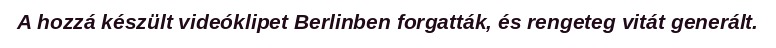
A hozzá készült videóklipet Berlinben forgatták, és rengeteg vitát generált.